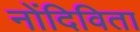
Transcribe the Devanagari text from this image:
नोंदिविता